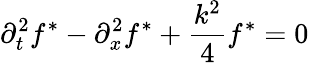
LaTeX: \partial_{t}^{2}f^{*}-\partial_{x}^{2}f^{*}+\frac{k^{2}}{4}f^{*}=0